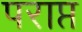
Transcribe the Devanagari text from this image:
पराप्त